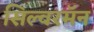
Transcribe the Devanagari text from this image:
सिल्वरमॅन